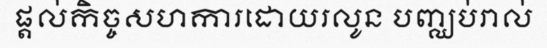
ផ្តល់កិច្ចសហការដោយរលូន បញ្ឈប់រាល់